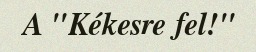
A "Kékesre fel!"